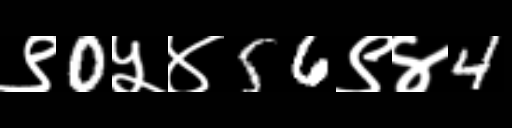
Text: ९0५४56९४4